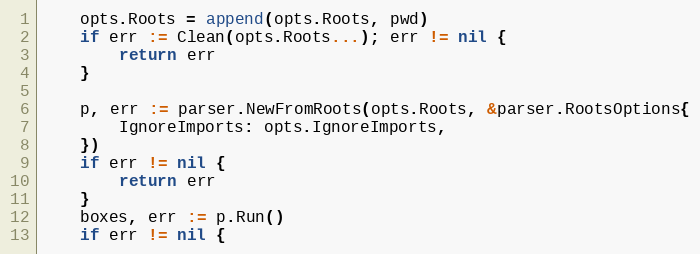
Language: Go
	opts.Roots = append(opts.Roots, pwd)
	if err := Clean(opts.Roots...); err != nil {
		return err
	}

	p, err := parser.NewFromRoots(opts.Roots, &parser.RootsOptions{
		IgnoreImports: opts.IgnoreImports,
	})
	if err != nil {
		return err
	}
	boxes, err := p.Run()
	if err != nil {